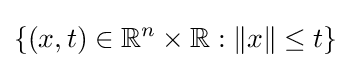
\left\{(x,t)\in \mathbb {R} ^{n}\times \mathbb {R} :\lVert x\rVert \leq t\right\}